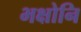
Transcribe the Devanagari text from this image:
भक्षोनि